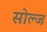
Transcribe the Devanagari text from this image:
सोल्ज